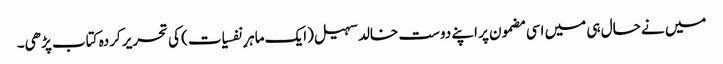
میں نے حال ہی میں اسی مضمون پر اپنے دوست خالد سہیل (ایک ماہرِ نفسیات) کی تحریر کردہ کتاب پڑھی۔